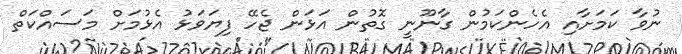
ނުވާ ކަމަށާއި އެހެންކަމުން ގާނޫނީ ގޮތުން އަޅަން ޖެހޭ ފިޔަވަޅު އެޅުމަށް މަސައްކަތް